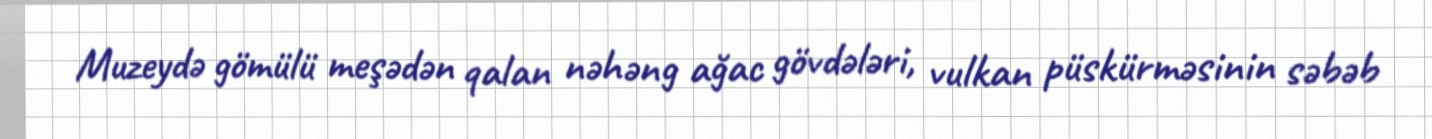
Muzeydə gömülü meşədən qalan nəhəng ağac gövdələri, vulkan püskürməsinin səbəb